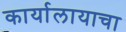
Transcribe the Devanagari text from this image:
कार्यालायाचा